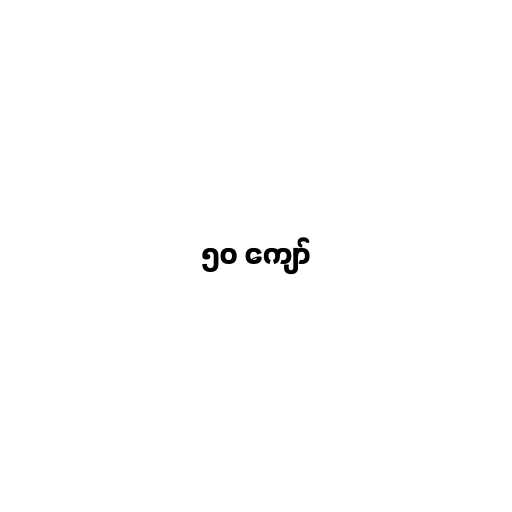
၅၀ ကျော်